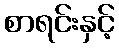
စာရင်းနှင့်